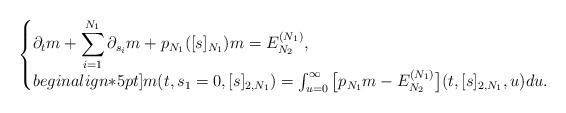
LaTeX: \begin{align*} \left\{\begin{matrix*}[l]\partial_t m + \displaystyle \sum_{i=1}^{N_1} \partial_{s_i} m +p_{N_1}([s]_{N_1} ) m = E_{N_2}^{(N_1)}, \\begin{align*}5pt]m(t,s_1=0,[s]_{2,N_1}) = \int_{u=0}^\infty \big[ p_{N_1} m - E_{N_2}^{(N_1)} \big] (t,[s]_{2,N_1}, u) du.\end{matrix*}\right.\end{align*}